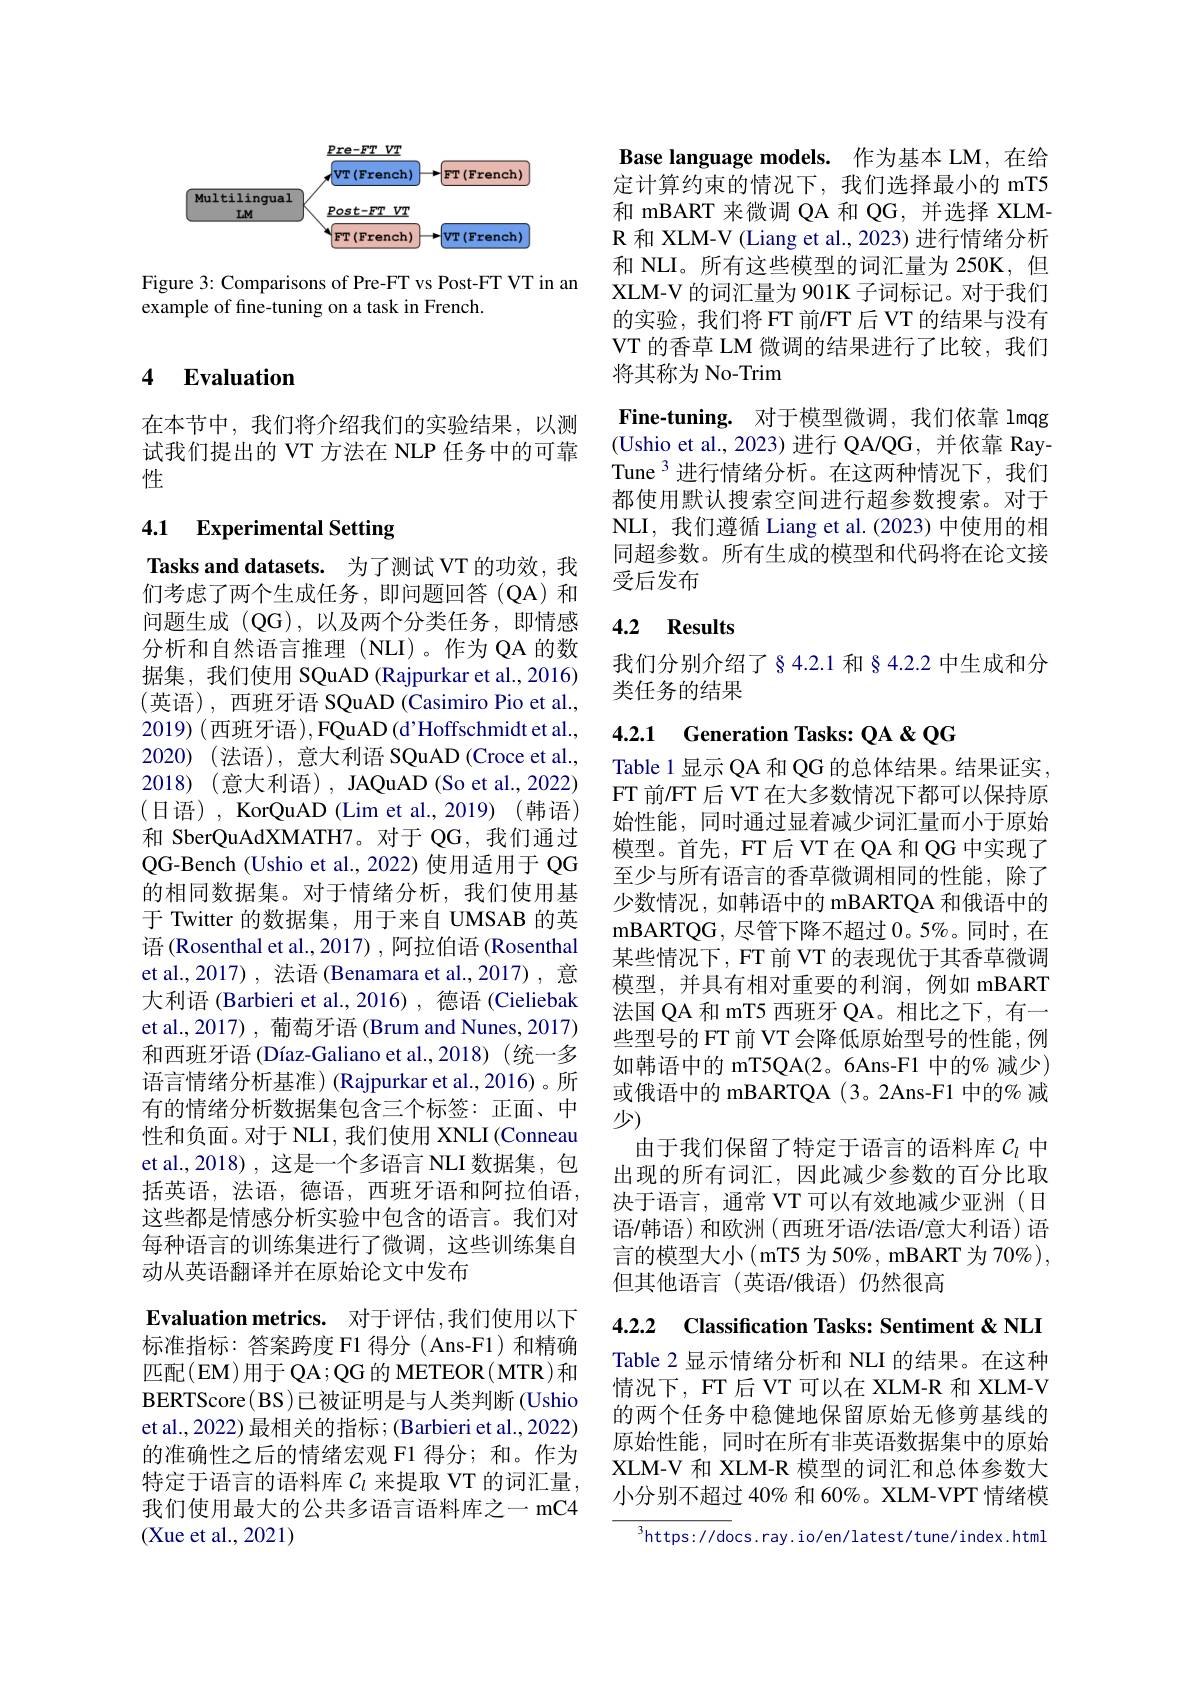
<FigureHere>

Figure 3: Comparisons of Pre-FT vs Post-FT VT in an
example of fine-tuning on a task in French.

## 4 $\textbf{Evaluation}$

在本节中，我们将介绍我们的实验结果，以测试我们提出的 VT 方法在 NLP 任务中的可靠性

## 4.1 Experimental Setting

Tasks and datasets. 为了测试 VT 的功效，我们考虑了两个生成任务，即问题回答(QA)和问题生成(QG),以及两个分类任务，即情感分析和自然语言推理(NLI)。作为 QA 的数据集，我们使用 SQuAD (Rajpurkar et al.,2016) (英语),西班牙语 SQuAD (Casimiro Pio et al., 2019)(西班牙语),FQuAD(d'Hoffschmidtet al., 2020)(法语),意大利语 SQuAD(Croce et al., 2018) (意大利语), JAQuAD (So et al., 2022) (日语), KorQuAD (Lim et al., 2019)(韩语) 和 SberQuAdXMATH7。对于 QG, 我们通过QG-Bench (Ushio et al., 2022) 使用适用于 QG 的相同数据集。对于情绪分析，我们使用基于 Twitter 的数据集，用于来自 UMSAB 的英语 (Rosenthal et al., 2017) , 阿拉伯语 (Rosenthal et al.,2017) , 法语 (Benamara et al.,2017) , 意大利语 (Barbieri et al., 2016) , 德语 (Cieliebak et al.,2017) ,葡萄牙语 (Brum and Nunes, 2017) 和西班牙语 (Díaz-Galiano et al.,2018)(统一多语言情绪分析基准)(Rajpurkar et al.,2016)。所有的情绪分析数据集包含三个标签：正面、中性和负面。对于 NLI, 我们使用 XNLI (Conneau et al.,2018),这是一个多语言 NLI 数据集，包括英语，法语，德语，西班牙语和阿拉伯语， 这些都是情感分析实验中包含的语言。我们对每种语言的训练集进行了微调，这些训练集自动从英语翻译并在原始论文中发布

$\textbf{Evaluation metrics. }$ 对于评估，我们使用以下标准指标：答案跨度 F1 得分( Ans-F1) 和精确匹配(EM)用于QA；QG的 METEOR( MTR)和BERTScore(BS)已被证明是与人类判断(Ushio et al.,2022) 最相关的指标；(Barbieri et al.,2022) 的准确性之后的情绪宏观 F1 得分；和。作为特定于语言的语料库$\mathcal{C}_l$来提取 VT 的词汇量， 我们使用最大的公共多语言语料库之一 mC4 (Xue et al., 2021)

Base language models. 作为基本 LM, 在给定计算约束的情况下，我们选择最小的 mT5和 mBART 来微调 QA 和 QG, 并选择 XLMR 和 XLM-V (Liang et al., 2023) 进行情绪分析和 NLI。所有这些模型的词汇量为 250K,但XLM-V 的词汇量为 901K 子词标记。对于我们的实验，我们将 FT 前/FT 后 VT 的结果与没有VT 的香草 LM 微调的结果进行了比较，我们将其称为 No-Trim
Fine-tuning. 对于模型微调，我们依靠 lmqg (Ushio et al., 2023) 进行 QA/QG, 并依靠 RayTune $^{3}$进行情绪分析。在这两种情况下，我们都使用默认搜索空间进行超参数搜索。对于NLI, 我们遵循 Liang et al. (2023) 中使用的相同超参数。所有生成的模型和代码将在论文接受后发布

## 4.2 Results

我们分别介绍了§4.2.1 和 § 4.2.2 中生成和分
类任务的结果

## 4.2.1 Generation Tasks: QA & QG

Table 1 显示 QA 和 QG 的总体结果。结果证实， FT 前/FT 后 VT 在大多数情况下都可以保持原始性能，同时通过显着减少词汇量而小于原始模型。首先，FT 后 VT 在 QA 和 QG 中实现了至少与所有语言的香草微调相同的性能，除了少数情况，如韩语中的 mBARTQA 和俄语中的mBARTQG, 尽管下降不超过 $0。5\%$。同时，在某些情况下，FT 前 VT 的表现优于其香草微调模型，并具有相对重要的利润，例如 mBART 法国 QA 和 mT5 西班牙 QA。相比之下，有一些型号的 FT 前 VT 会降低原始型号的性能 ,例如韩语中的 mT5QA(2。6Ans-F1 中的% 减少) 或俄语中的 mBARTQA (3。2Ans-F1 中的% 减少(
由于我们保留了特定于语言的语料库$\mathcal{C}_l$中出现的所有词汇，因此减少参数的百分比取决于语言，通常 VT 可以有效地减少亚洲(日语/韩语)和欧洲(西班牙语/法语/意大利语)语$\begin{aligned}\text{言的模型大小(mT5 为 50\%, mBART 为 70\% }),\end{aligned}$ 但其他语言(英语/俄语)仍然很高

4.2.2 Classification Tasks: Sentiment & NLI

Table 2 显示情绪分析和 NLI 的结果。在这种情况下，FT 后 VT 可以在 XLM-R 和 XLM-V 的两个任务中稳健地保留原始无修剪基线的原始性能，同时在所有非英语数据集中的原始XLM-V 和 XLM-R 模型的词汇和总体参数大小分别不超过 40% 和 60%。XLM-VPT 情绪模

$^3$https://docs.ray.io/en/latest/tune/index.html